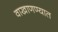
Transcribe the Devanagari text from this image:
वाखाणण्यात